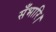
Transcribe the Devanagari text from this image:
सँभारि।